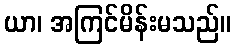
ယာ၊ အကြင်မိန်းမသည်။